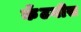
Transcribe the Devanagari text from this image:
कॅंटनीस